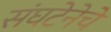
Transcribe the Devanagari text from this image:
संघटेनेचे